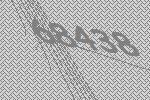
68438